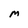
Character: M